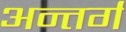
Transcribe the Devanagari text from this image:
अन्तर्ग